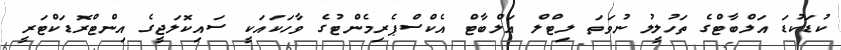
ކުޑަކުޑަ އަލްބާޓްގެ ތަހުލީލު ނުވަތަ ލިޓްލް އަލްބާޓް އެކްސްޕެރިމެންޓުގެ ވާހަކައަކީ ސައިކޮލަޖީގެ އިންޓްރޮޑަކްޓަރީ